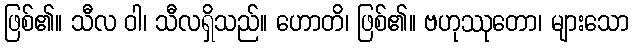
ဖြစ်၏။ သီလ ဝါ၊ သီလရှိသည်။ ဟောတိ၊ ဖြစ်၏။ ဗဟုဿုတော၊ များသော